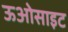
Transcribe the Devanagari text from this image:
ऊओसाइट